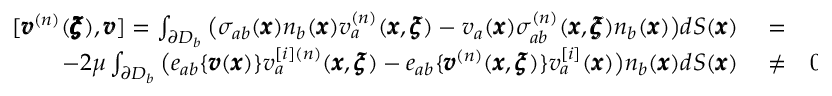
\begin{array} { r l r } { [ { \pmb v } ^ { ( n ) } ( { \pmb { \pmb \xi } } ) , { \pmb v } ] = \int _ { \partial D _ { b } } \big ( \sigma _ { a b } ( { \pmb x } ) n _ { b } ( { \pmb x } ) v _ { a } ^ { ( n ) } ( { \pmb x } , { \pmb \xi } ) - v _ { a } ( { \pmb x } ) \sigma _ { a b } ^ { ( n ) } ( { \pmb x } , { \pmb \xi } ) n _ { b } ( { \pmb x } ) \big ) d S ( { \pmb x } ) } & { { } = } & { } \\ { - 2 \mu \int _ { \partial D _ { b } } \big ( e _ { a b } \{ { \pmb v } ( { \pmb x } ) \} v _ { a } ^ { [ i ] ( n ) } ( { \pmb x } , { \pmb \xi } ) - e _ { a b } \{ { \pmb v } ^ { ( n ) } ( { \pmb x } , { \pmb \xi } ) \} v _ { a } ^ { [ i ] } ( { \pmb x } ) \big ) n _ { b } ( { \pmb x } ) d S ( { \pmb x } ) } & { { } \neq } & { 0 } \end{array}